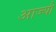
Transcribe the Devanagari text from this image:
आज्यौ